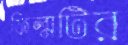
ফিল্মটির